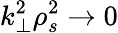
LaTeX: k_{\perp}^{2}\rho_{s}^{2}\to 0